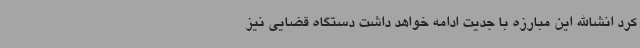
کرد انشاالله این مبارزه با جدیت ادامه خواهد داشت دستگاه قضایی نیز